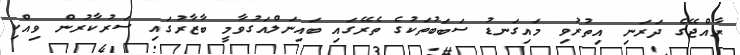
ރާއްޖޭގެ ދަރަނި އިތުރުވި މައިގަނޑު ސަބަބުތަކުގެ ތެރޭގައި ބައިނަލްއަގުވާމީ ބާޒާރުގައި ސަރުކާރުން ވިއްކި